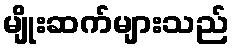
မျိုးဆက်များသည်